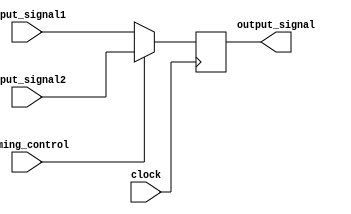
module Multiplexer_Delay(
    input wire [7:0] input_signal1,
    input wire [7:0] input_signal2,
    input wire timing_control,
    input wire clock,
    output wire [7:0] output_signal
);

reg [7:0] delayed_signal;

always @(posedge clock) begin
    if (timing_control == 1'b0) begin
        delayed_signal <= input_signal1;
    end else begin
        delayed_signal <= input_signal2;
    end
end

assign output_signal = delayed_signal;

endmodule